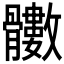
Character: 𩪵